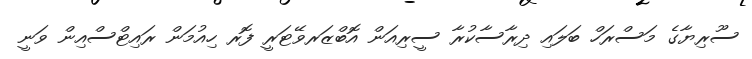
ސޫރިޔާގެ މަސްރަހް ބަލައި ދިރާސާކުރާ ސީރިއަން އޮބްޒަރވޭޓަރީ ފޮރ ހިއުމަން ރައިޓްސްއިން ވަނީ